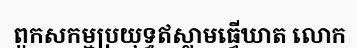
ពួកសកម្មប្រយុទ្ធឥស្លាមធ្វើឃាត លោក